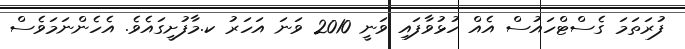
ފުރަތަމަ ގެސްޓްހައުސް އެއް ހުޅުވާފައި ވަނީ 2010 ވަނަ އަހަރު ކ.މާފުށީގައެވެ. އެހެންނަމަވެސް